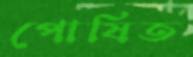
পোষিত